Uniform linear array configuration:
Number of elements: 12
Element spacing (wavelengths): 0.75
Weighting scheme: hamming
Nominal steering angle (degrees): -45
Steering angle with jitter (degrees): -45.177
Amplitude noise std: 0.05
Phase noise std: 0.05

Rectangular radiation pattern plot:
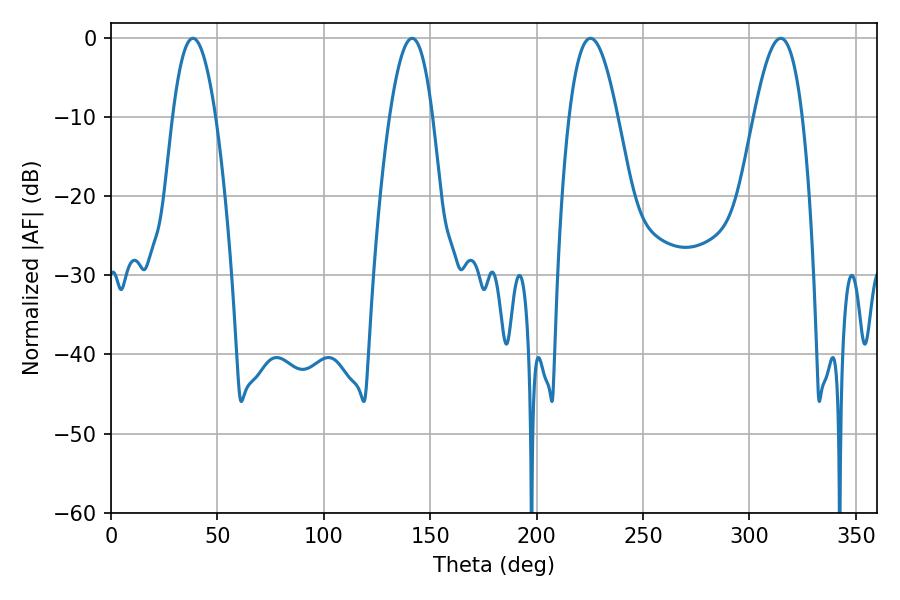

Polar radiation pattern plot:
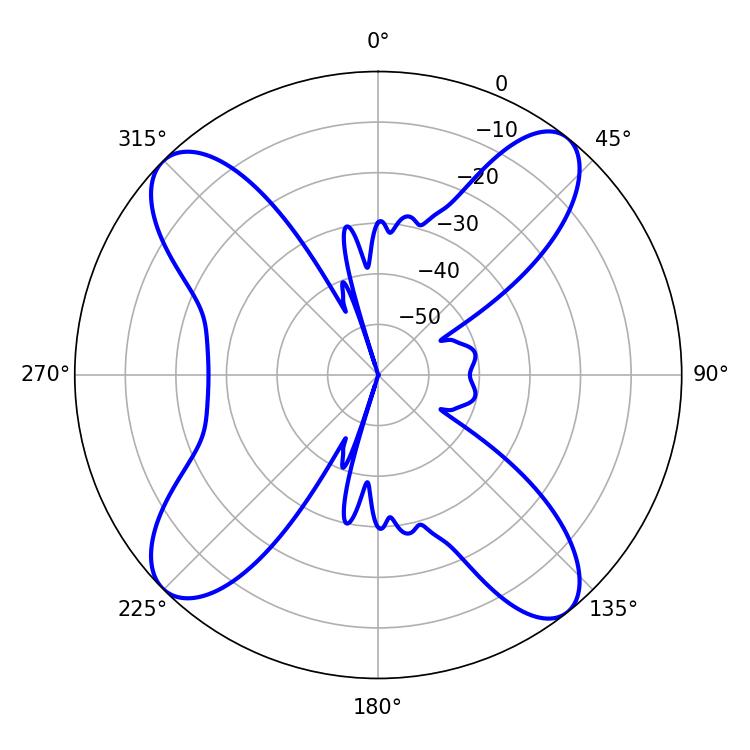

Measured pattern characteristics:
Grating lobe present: TRUE
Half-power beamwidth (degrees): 11.16
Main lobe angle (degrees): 38.52